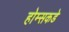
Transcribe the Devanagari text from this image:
होम्सकडे